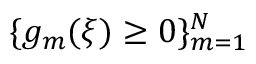
\{ g _ { m } ( \xi ) \ge 0 \} _ { m = 1 } ^ { N }